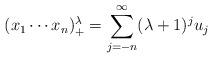
LaTeX: \begin{align*}(x_1\cdots x_n)_+^\lambda = \sum_{j=-n}^\infty (\lambda+1)^ju_j\end{align*}